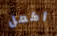
أكمل